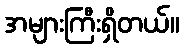
အများကြီးရှိတယ်။